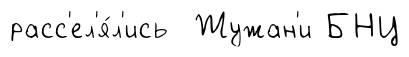
расс'ел'я́л'ись Жужан'и БНЦ